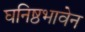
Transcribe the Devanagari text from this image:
घनिष्ठभावेन